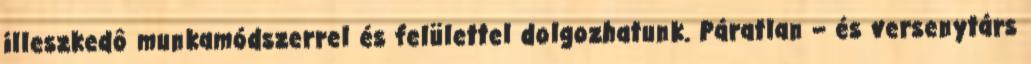
illeszkedô munkamódszerrel és felülettel dolgozhatunk. Páratlan – és versenytárs